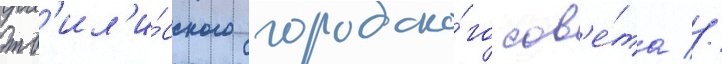
тб'ил'и́сского городско́го сов'е́та //